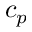
c _ { p }